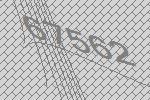
67562